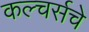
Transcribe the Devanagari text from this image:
कल्चर्सचे